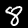
Label: 8